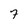
Character: 7